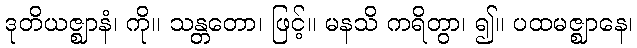
ဒုတိယဇ္ဈာနံ၊ ကို။ သန္တတော၊ ဖြင့်။ မနသိ ကရိတွာ၊ ၍။ ပထမဇ္ဈာနေ၊